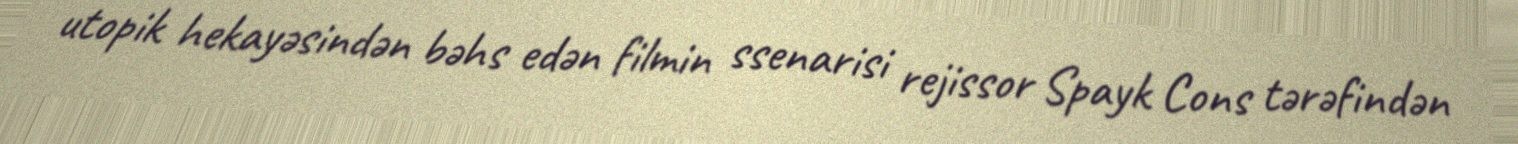
utopik hekayəsindən bəhs edən filmin ssenarisi rejissor Spayk Cons tərəfindən